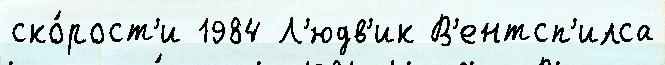
ско́рост'и 1984 Л'юдв'ик В'ентсп'илса